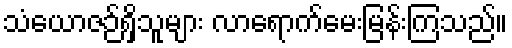
သံယောဇဉ်ရှိသူများ လာရောက်မေးမြန်းကြသည်။